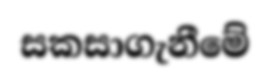
සකසාගැනීමේ